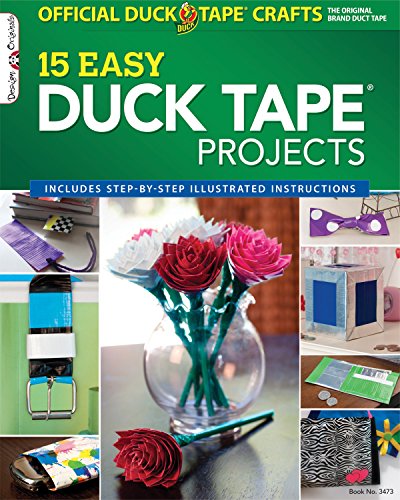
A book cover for Official Duck Tape Craft Book: 15 Easy Duck Tape Projects (Design Originals); LLC ShurTech Brands; Crafts, Hobbies & Home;